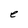
Character: e